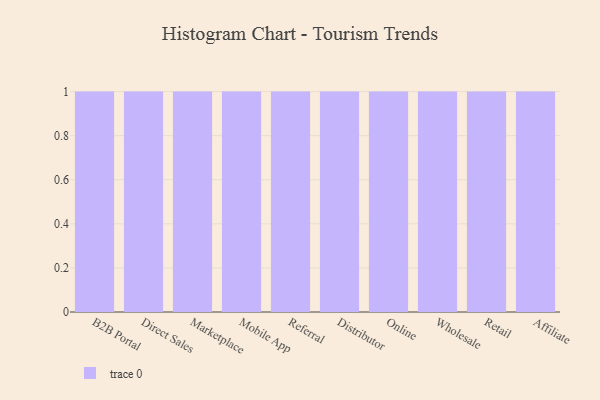
{"axis": {"x": "Channel", "y": "Bounce Rate (%)"}, "legend": [""], "data": [{"x": "B2B Portal", "y": 34, "type": ""}, {"x": "Direct Sales", "y": 20, "type": ""}, {"x": "Marketplace", "y": 21, "type": ""}, {"x": "Mobile App", "y": 66, "type": ""}, {"x": "Referral", "y": 93, "type": ""}, {"x": "Distributor", "y": 78, "type": ""}, {"x": "Online", "y": 83, "type": ""}, {"x": "Wholesale", "y": 16, "type": ""}, {"x": "Retail", "y": 20, "type": ""}, {"x": "Affiliate", "y": 47, "type": ""}]}